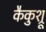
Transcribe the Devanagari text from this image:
कैकुश्रू